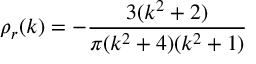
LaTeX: \rho _ { r } ( k ) = - { \frac { 3 ( k ^ { 2 } + 2 ) } { \pi ( k ^ { 2 } + 4 ) ( k ^ { 2 } + 1 ) } }